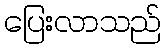
ပြေးလာသည်